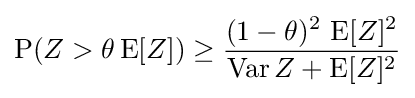
\operatorname {P} (Z>\theta \operatorname {E} [Z])\geq {\frac {(1-\theta )^{2}\,\operatorname {E} [Z]^{2}}{\operatorname {Var} Z+\operatorname {E} [Z]^{2}}}